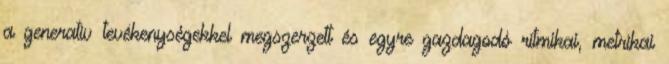
a generatív tevékenységekkel megszerzett és egyre gazdagodó ritmikai, metrikai